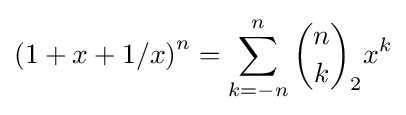
\left(1+x+1/x\right)^{n}=\sum _{k=-n}^{n}{n \choose k}_{2}x^{k}